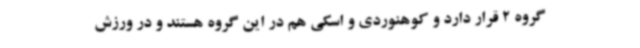
گروه 2 قرار دارد و کوهنوردی و اسکی هم در این گروه هستند و در ورزش